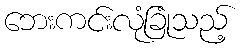
ဘေးကင်းလုံခြုံသည့်